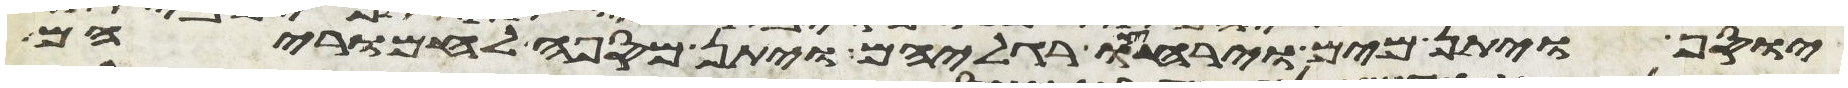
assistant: יוסף ויתן מים וירחצו רגליהם ויתן מספה לחמריהם